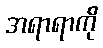
အရာရာကို